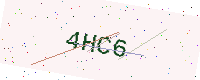
Text: 4HC6